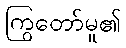
ကြွတော်မူ၏